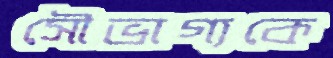
সৌভাগ্যকে